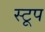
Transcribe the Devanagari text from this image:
स्टूप